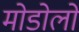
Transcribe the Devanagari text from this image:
मोडोलो